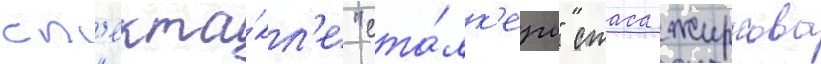
сп'екта́кл'е "ста́лк'еры" стаса жиркова